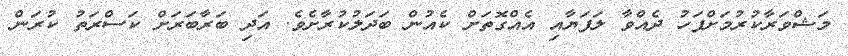
މަޝްވަރާކުރުމަށްފަހު ދެއްވާ ލަފަޔާއި އެއްގޮތަށް ކެއުން ބަދަލުކުރާށެވެ. އަދި ބަރާބަރަށް ކަސްރަތު ކުރަން